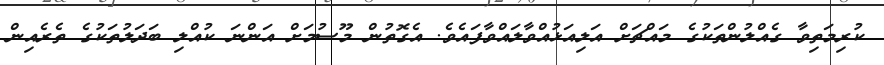
ކުރިމަތިވާ ގެއްލުންތަކުގެ މައްޗަށް އަލިއަޅުއްވާލައްވާފައެވެ. އެގޮތުން މޫސުމަށް އަންނަ ކުއްލި ބަދަލުތަކުގެ ތެރެއިން